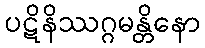
ပဋိနိဿဂ္ဂမန္တိနော